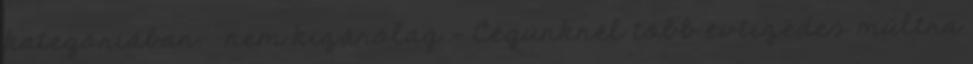
kategóriában. . nem kizárólag — Cégünknél több évtizedes múltra